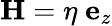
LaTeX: {\mathbf H}=\eta\; {\mathbf e}_{z}